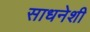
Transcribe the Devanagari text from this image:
साधनेशी